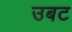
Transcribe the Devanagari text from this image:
उबट